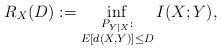
LaTeX: \begin{align*}R_{X}(D) := \inf_{\substack{P_{Y |X } : \\E[d(X,Y)] \leq D}} I(X;Y), \end{align*}